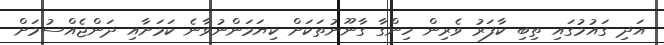
އަދި ގައުމުގައި ތިބި ކާފަރު ވެރިން ހިންގާ ގާނޫނުތަކަށް ކިޔަމަންނުވާނެ ކަމަށާއި ދަންޖެއްސުމަށް